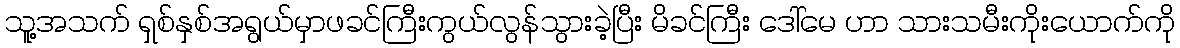
သူ့အသက် ရှစ်နှစ်အရွယ်မှာဖခင်ကြီးကွယ်လွန်သွားခဲ့ပြီး မိခင်ကြီး ဒေါ်မေ ဟာ သားသမီးကိုးယောက်ကို